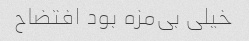
خیلی بی‌مزه بود افتضاح